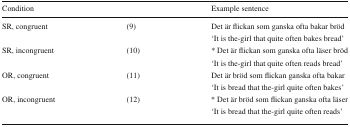
<table><thead><tr><td><b>Condition</b></td><td></td><td><b>Example sentence</b></td></tr></thead><tbody><tr><td rowspan="2">SR, congruent</td><td rowspan="2">(9)</td><td>Det är flickan som ganska ofta bakar bröd</td></tr><tr><td>‘It is the-girl that quite often bakes bread’</td></tr><tr><td rowspan="2">SR, incongruent</td><td rowspan="2">(10)</td><td>* Det är flickan som ganska ofta läser bröd</td></tr><tr><td>‘It is the-girl that quite often reads bread’</td></tr><tr><td rowspan="2">OR, congruent</td><td rowspan="2">(11)</td><td>Det är bröd som flickan ganska ofta bakar</td></tr><tr><td>‘It is bread that the-girl quite often bakes’</td></tr><tr><td rowspan="2">OR, incongruent</td><td rowspan="2">(12)</td><td>* Det är bröd som flickan ganska ofta läser</td></tr><tr><td>‘It is bread that the-girl quite often reads’</td></tr></tbody></table>